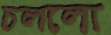
চললো